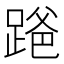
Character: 𫏒